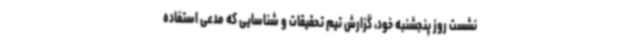
نشست روز پنجشنبه خود، گزارش تیم تحقیقات و شناسایی که مدعی استفاده